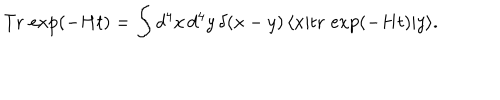
LaTeX: \mathrm { T r } \, \exp ( - H t ) = \int d ^ { 4 } x \, d ^ { 4 } y \, \delta ( x - y ) \, \langle x | \mathrm { t r } \, \exp ( - H t ) | y \rangle .